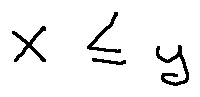
X \leq y